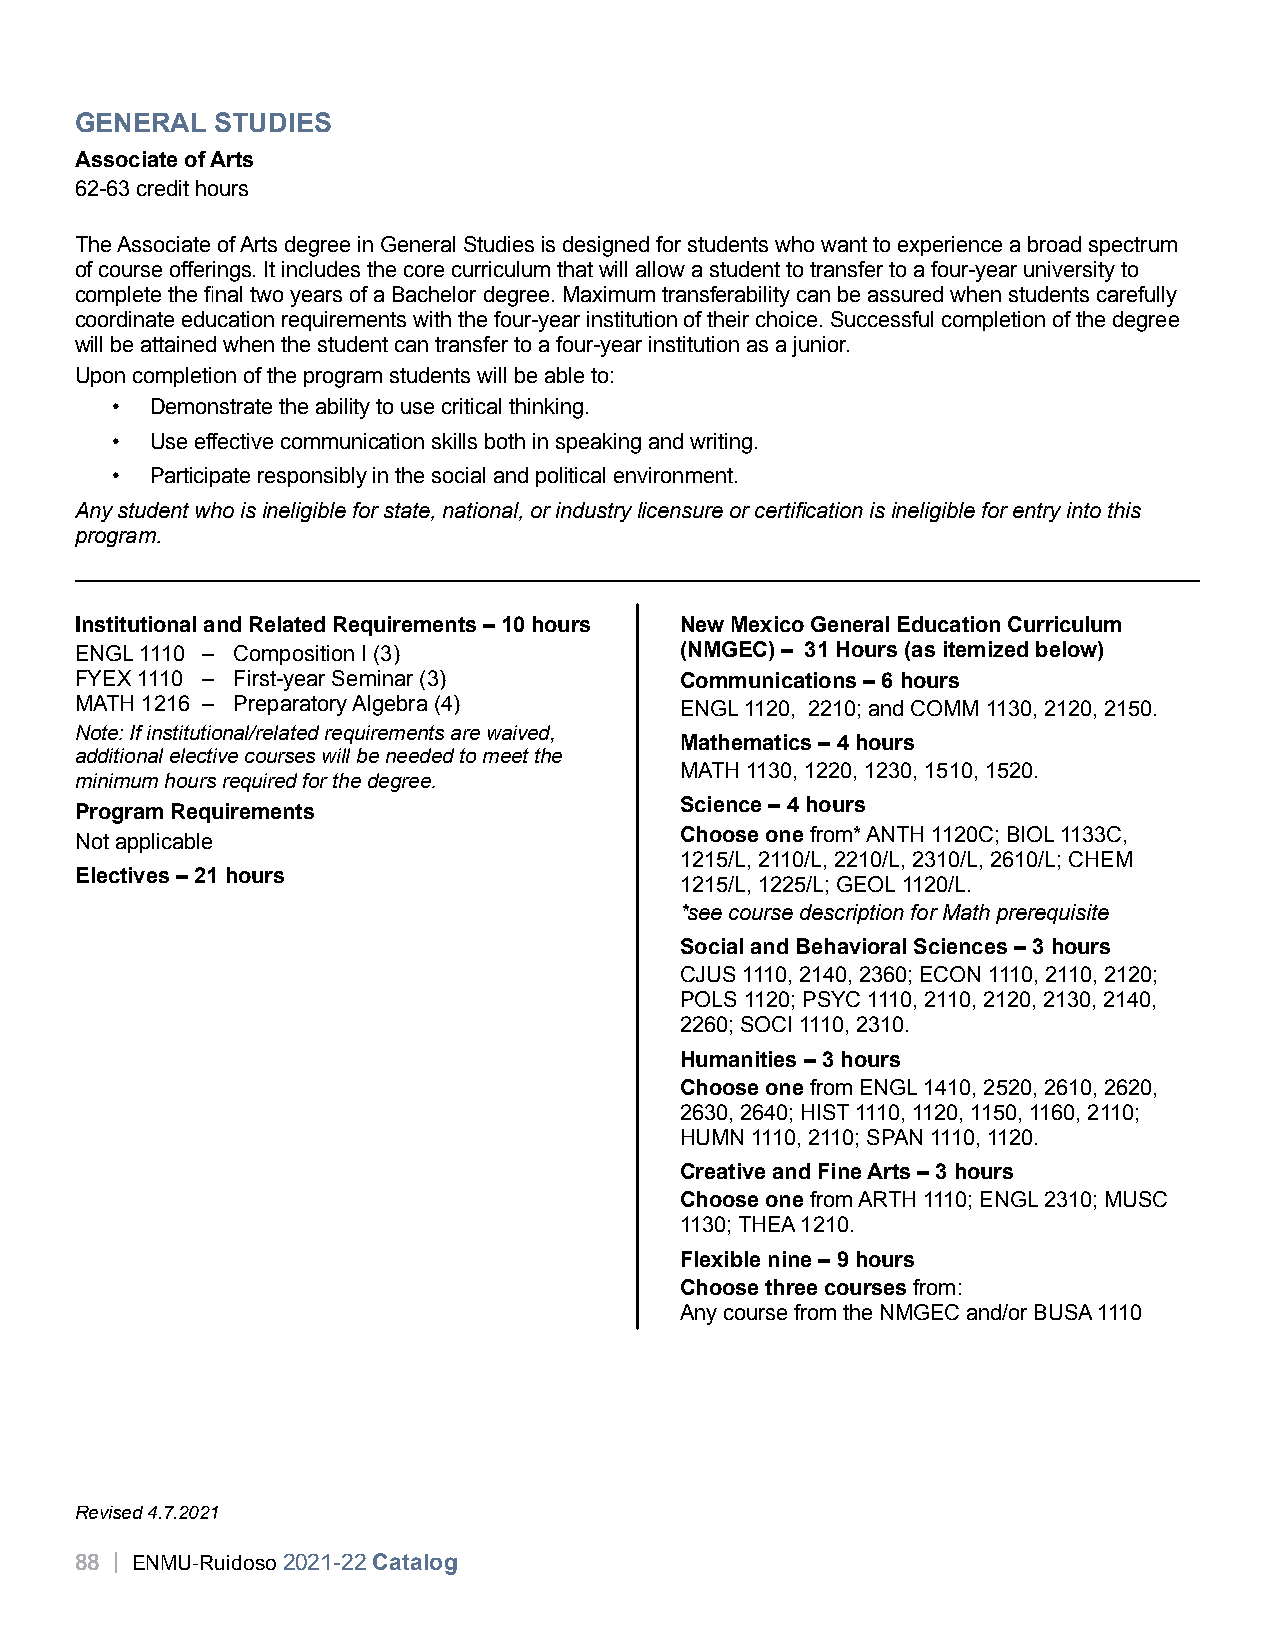
GENERAL  STUDIES
 Associate of Arts
 62-63 credit hours
 The Associate of Arts degree in General Studies is designed for students who want to experience a broad spectrum
 of course offerings. It includes the core curriculum that will allow a student to transfer to a four-year university to
 complete the final two years of a Bachelor degree. Maximum transferability can be assured when students carefully
 coordinate education requirements with the four-year institution of their choice. Successful completion of the degree
 will be attained when the student can transfer to a four-year institution as a junior.
 Upon completion of the program students will be able to:
 •  Demonstrate the ability to use critical thinking.
 •  Use effective communication skills both in speaking and writing.
 •  Participate responsibly in the social and political environment.
 Any student who is ineligible for state, national, or industry licensure or certification is ineligible for entry into this
 program.
 Institutional and Related Requirements – 10 hours New Mexico General Education Curriculum
 ENGL 1110 – Composition I (3)           (NMGEC) – 31 Hours (as itemized below)
 FYEX 1110 – First-year Seminar (3)      Communications – 6 hours
 MATH 1216 – Preparatory Algebra (4)     ENGL 1120, 2210; and COMM 1130, 2120, 2150.
 Note: If institutional/related requirements are waived,
 Mathematics – 4 hours
 additional elective courses will be needed to meet the
 MATH 1130, 1220, 1230, 1510, 1520.
 minimum hours required for the degree.
 Science – 4 hours
 Program Requirements
 Not applicable                          Choose one from* ANTH 1120C; BIOL 1133C,
 1215/L, 2110/L, 2210/L, 2310/L, 2610/L; CHEM
 Electives – 21 hours
 1215/L, 1225/L; GEOL 1120/L.
 *see course description for Math prerequisite
 Social and Behavioral Sciences – 3 hours
 CJUS 1110, 2140, 2360; ECON 1110, 2110, 2120;
 POLS 1120; PSYC 1110, 2110, 2120, 2130, 2140,
 2260; SOCI 1110, 2310.
 Humanities – 3 hours
 Choose one from ENGL 1410, 2520, 2610, 2620,
 2630, 2640; HIST 1110, 1120, 1150, 1160, 2110;
 HUMN 1110, 2110; SPAN 1110, 1120.
 Creative and Fine Arts – 3 hours
 Choose one from ARTH 1110; ENGL 2310; MUSC
 1130; THEA 1210.
 Flexible nine – 9 hours
 Choose three courses from:
 Any course from the NMGEC and/or BUSA 1110
 Revised 4.7.2021
 88 | ENMU-Ruidoso 2021-22 Catalog